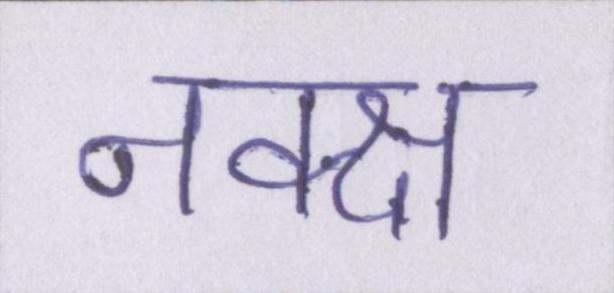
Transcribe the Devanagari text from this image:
नक्क्ष